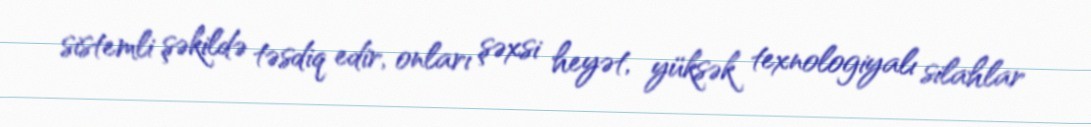
sistemli şəkildə təsdiq edir, onları şəxsi heyət, yüksək texnologiyalı silahlar